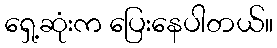
ရှေ့ဆုံးက ပြေးနေပါတယ်။